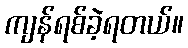
ကျန်ရစ်ခဲ့ရတယ်။